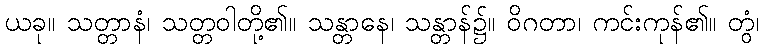
ယခု။ သတ္တာနံ၊ သတ္တဝါတို့၏။ သန္တာနေ၊ သန္တာန်၌။ ဝိဂတာ၊ ကင်းကုန်၏။ တွံ၊